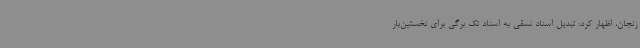
زنجان، اظهار کرد: تبدیل اسناد نسقی به اسناد تک برگی برای نخستین‌بار